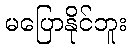
မပြောနိုင်ဘူး